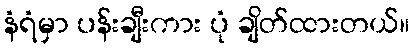
နံရံမှာ ပန်းချီးကား ပုံ ချိတ်ထားတယ်။